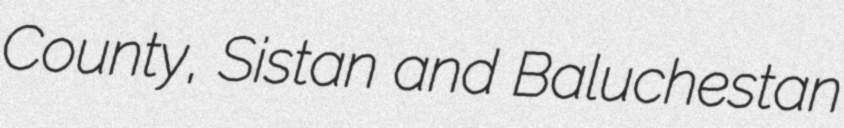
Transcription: County, Sistan and Baluchestan